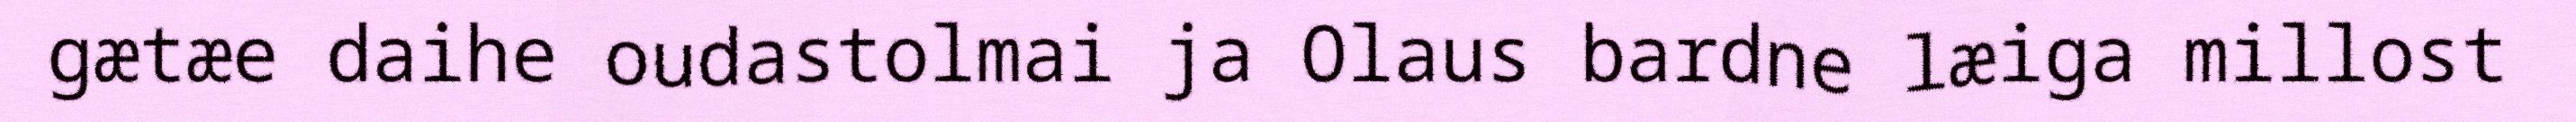
gætæe daihe oudastolmai ja Olaus bardne læiga millost